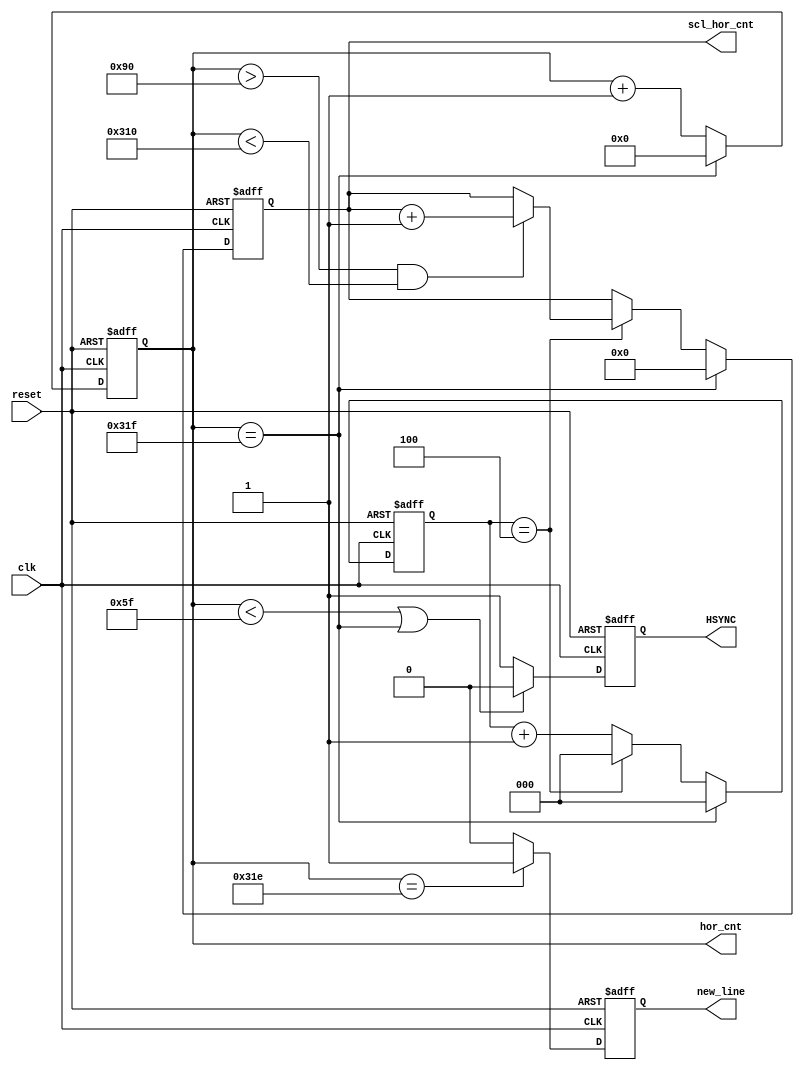
module horizontal_counter_generator (clk, reset, hor_cnt, scl_hor_cnt, new_line, HSYNC);

input wire clk, reset;
output wire [6:0]scl_hor_cnt;
output wire [9:0]hor_cnt;
output reg new_line, HSYNC;

wire [2:0]int_cnt;
reg [2:0]next_int_cnt;
reg [6:0]next_scl_hor_cnt;
reg [9:0]next_hor_cnt;

assign int_cnt = next_int_cnt;
assign scl_hor_cnt = next_scl_hor_cnt;
assign hor_cnt = next_hor_cnt;

always @ (posedge clk or posedge reset) begin
	if (reset == 1) begin
		HSYNC <=1'b0;
	end
	else begin
		if (hor_cnt < 10'd95 || hor_cnt == 10'd799) begin
			HSYNC <= 1'b0;
		end
		else begin
			HSYNC <=1'b1;
		end
	end
end

always @ (posedge clk or posedge reset) begin
	if (reset == 1) begin
		new_line <=1'b0;
	end
	else begin
		if (hor_cnt == 10'd798) begin
			new_line <= 1'b1;
		end
		else begin
			new_line <=1'b0;
		end
	end
end

always @ (posedge clk or posedge reset) begin
	if (reset == 1) begin
		next_int_cnt <= 3'b000;
		next_scl_hor_cnt <= 6'b000000;
		next_hor_cnt <= 10'b0000000000;
	end
	else begin
		if (hor_cnt == 10'd799) begin
			next_int_cnt <= 3'b000;
			next_scl_hor_cnt <= 6'b000000;
			next_hor_cnt <= 10'b0000000000;
		end
		else begin
			next_hor_cnt <= hor_cnt + 1;
			if (int_cnt == 3'b100) begin    //if we reach a multiple of 5 pixel
				next_int_cnt <= 3'b000;
				if (hor_cnt > 10'd144 && hor_cnt < 10'd784)begin
					next_scl_hor_cnt <= scl_hor_cnt + 6'b000001;
				end
			end
			else begin
				next_int_cnt <= int_cnt + 1;
			end
		end
	end
end

endmodule